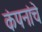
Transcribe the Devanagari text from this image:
कंपनांचे